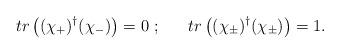
LaTeX: \begin{align*}tr\left( (\chi_+)^{\dagger}(\chi_-)\right) = 0~; ~~~~~ tr\left( (\chi_\pm)^{\dagger}(\chi_\pm)\right) = 1.\end{align*}